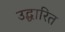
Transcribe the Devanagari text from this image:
उद्धारित